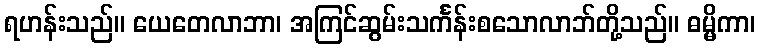
ရဟန်းသည်။ ယေတေလာဘာ၊ အကြင်ဆွမ်းသင်္ကန်းစသောလာဘ်တို့သည်။ ဓမ္မိကာ၊